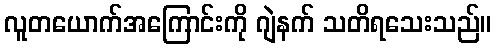
လူတယောက်အကြောင်းကို ဂျဲနက် သတိရသေးသည်။